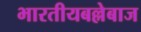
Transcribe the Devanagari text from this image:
भारतीयबल्लेबाज